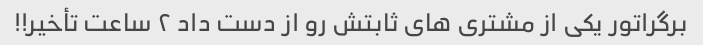
برگراتور یکى از مشترى هاى ثابتش رو از دست داد ٢ ساعت تأخیر!!